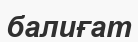
балиғат